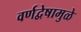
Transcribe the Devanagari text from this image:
वर्णद्वेषामुळे